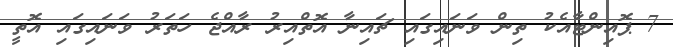
7 ޕޮއިންޓާއެކު ތިން ވަނައިގައި ޗައިނާ އޮތްއިރު ރާއްޖެ ހަތަރު ވަނައިގައި އޮތީ